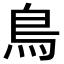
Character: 鳥